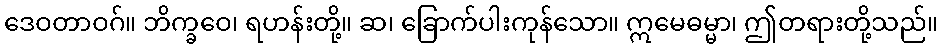
ဒေဝတာဝဂ်။ ဘိက္ခဝေ၊ ရဟန်းတို့။ ဆ၊ ခြောက်ပါးကုန်သော။ ဣမေဓမ္မာ၊ ဤတရားတို့သည်။